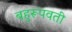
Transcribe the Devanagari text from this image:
बहुरूपवती